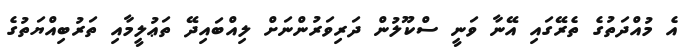
އެ މުއްދަތުގެ ތެރޭގައި އޭނާ ވަނީ ސްކޫލުން ދަރިވަރުންނަށް ލިއްބައިދޭ ތަޢުލީމާއި ތަރުބިއްޔަތުގެ